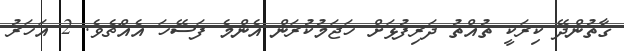
ގާތުންދޭ ކިރަކީ ތުއްތު ދަރިފުޅަށް ހަޖަމުކުރަން އެންމެ ފަސޭހަ އެއްޗެވެ. 2 އަހަރު